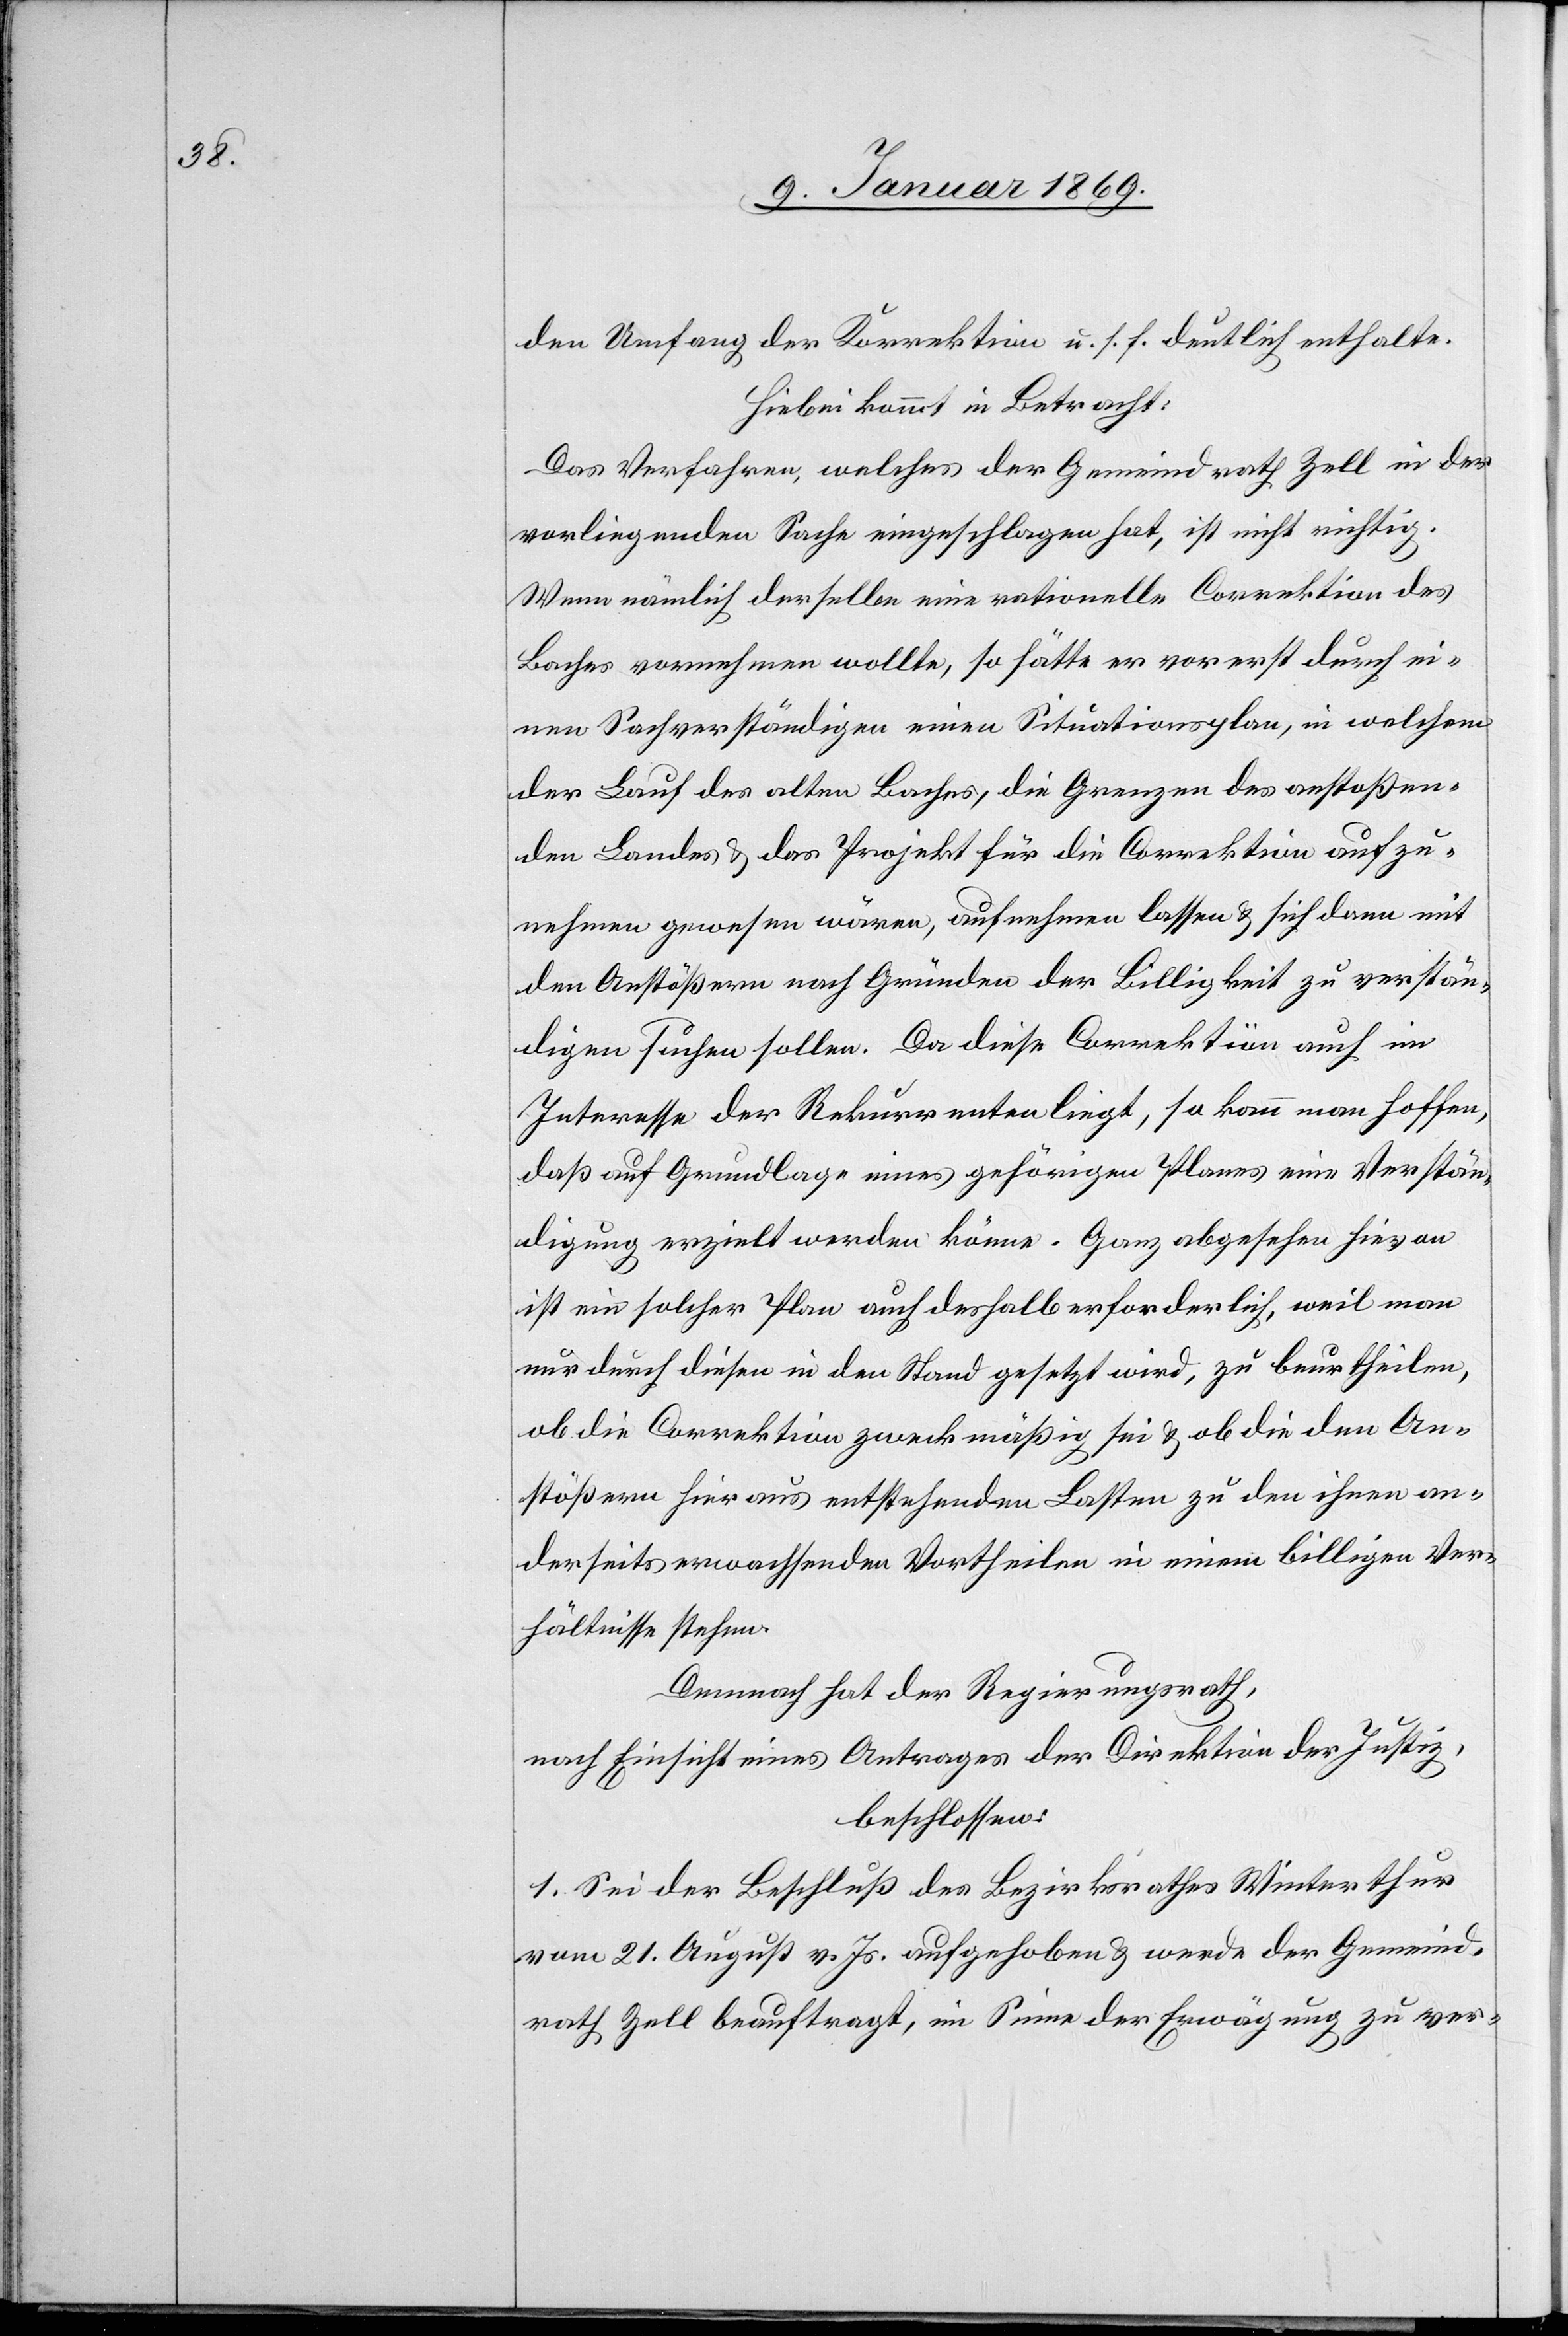
den Umfang der Korrektion u. s. f. deutlich enthalte.
Hiebei kommt in Betracht:
Das Verfahren, welches der Gemeindrath Zell in der
vorliegenden Sache eingeschlagen hat, ist nicht wichtig.
Wenn nämlich derselbe eine rationelle Correktion des
Baches vornehmen wollte, so hätte er vorerst durch ei¬
nen Sachverständigen, einen Situationsplan, in welchem
der Lauf des alten Baches, die Grenzen des anstoßen¬
den Landes & das Projekt für die Correktion aufzu¬
nehmen gewesen wären, aufnehmen lassen & sich dann mit
den Anstößern nach Gründen der Billigkeit zu verstän¬
digen suchen sollen. Da diese Correktion auch im
Interesse der Rekurrenten liegt, so kann man hoffen,
daß auf Grundlage eines gehörigen Planes eine Verstän¬
digung erzielt werden könne. Ganz abgesehen hievon
ist ein solcher Plan auch deshalb erforderlich, weil man
nur durch diesen in den Stand gesetzt wird, zu beurtheilen,
ob die Correktion zweckmäßig sei & ob die den An¬
stößern hieraus entstehenden Lasten zu den ihnen an¬
derseits erwachsenden Vortheilen in einem billigen Ver¬
hältnisse stehen.
Demnach hat der Regierungsrath,
nach Einsicht eines Antrages der Direktion der Justiz,
beschlossen:
1. Sei der Beschluß des Bezirksrathes Winterthur
vom 21. August v. Js. aufgehoben & werde der Gemeind¬
rath Zell beauftragt, im Sinne der Erwägung zu ver-